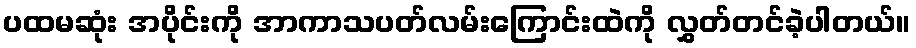
ပထမဆုံး အပိုင်းကို အာကာသပတ်လမ်းကြောင်းထဲကို လွှတ်တင်ခဲ့ပါတယ်။